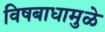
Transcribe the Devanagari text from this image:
विषबाधामुळे